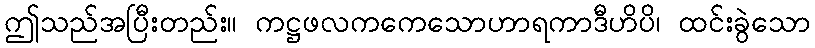
ဤသည်အပြီးတည်း။ ကဋ္ဌဖလကကေသောဟာရကာဒီဟိပိ၊ ထင်းခွဲသော